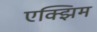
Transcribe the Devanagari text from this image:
एक्झिम